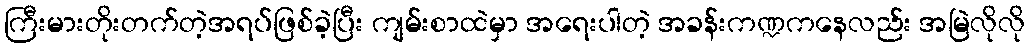
ကြီးမားတိုးတက်တဲ့အရပ်ဖြစ်ခဲ့ပြီး ကျမ်းစာထဲမှာ အရေးပါတဲ့ အခန်းကဏ္ဍကနေလည်း အမြဲလိုလို